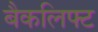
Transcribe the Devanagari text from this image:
बैकलिफ्ट